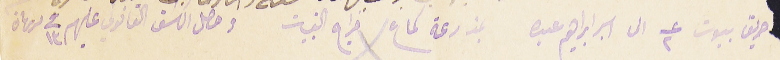
حريق بيوت عدد ٢ الى اسبر ابراهيم عبده بمزرعة شماع خراج القبيات وحصل الكشف القانوني عليهم فى ١٣ تشرين تانى